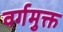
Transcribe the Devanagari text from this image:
वर्गमुक्त